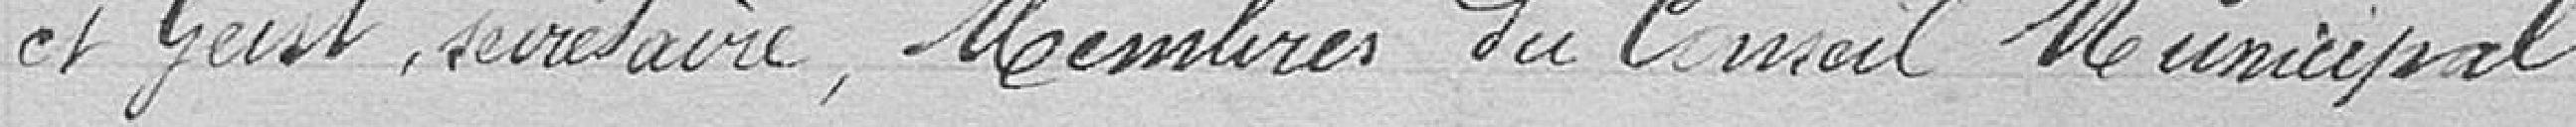
et Geist, secrétaire, Membre du conseil municipal